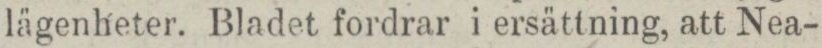
lägenheter. Bladet fordrar i ersättning, att Nea-